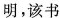
明，该书